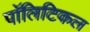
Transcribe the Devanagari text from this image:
पाॅलिटिकल